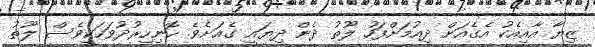
ޒިޔާ އާއިއެކު އެގެއަށް ދިއުމަށްފަހު ލޫތު ދެން ދިޔައީ ގެއަށެވެ. ހޮނިހިރުދުވަހަކީވެސް ލޫތު